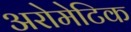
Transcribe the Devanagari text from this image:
अरोमेटिक